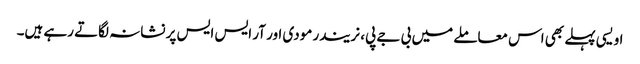
اویسی پہلے بھی اس معاملے میں بی جے پی، نریندر مودی اور آر ایس ایس پر نشانہ لگاتے رہے ہیں۔